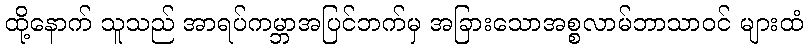
ထို့နောက် သူသည် အာရပ်ကမ္ဘာအပြင်ဘက်မှ အခြားသောအစ္စလာမ်ဘာသာဝင် များထံ